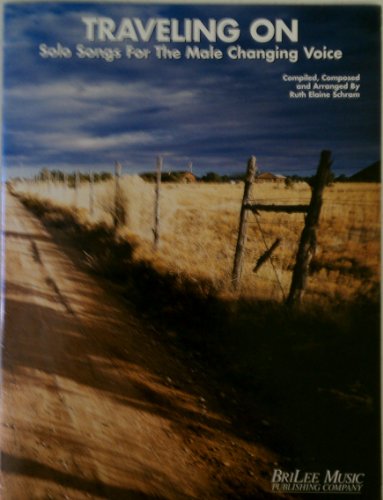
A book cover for Traveling On, Solo Songs for the Male Changing Voice; Ruth Elaine Schram; Travel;